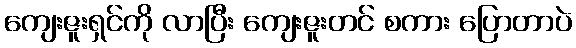
ကျေးဇူးရှင်ကို လာပြီး ကျေးဇူးတင် စကား ပြောတာပဲ